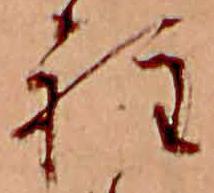
程